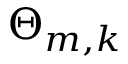
\Theta _ { m , k }